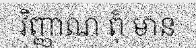
វិញ្ញាណ ពុំ មាន